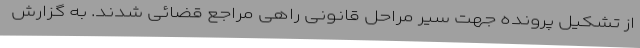
از تشکیل پرونده جهت سیر مراحل قانونی راهی مراجع قضائی شدند. به گزارش